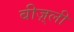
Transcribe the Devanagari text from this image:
बीज़्ली